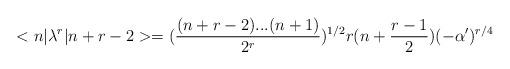
LaTeX: \begin{align*}<n|\lambda ^{r}|n+r-2> = (\frac{(n+r-2)...(n+1)}{2^{r}})^{1/2} r(n+\frac{r-1}{2})(-\alpha ')^{r/4}\end{align*}